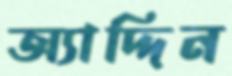
অ্যাদ্দিন